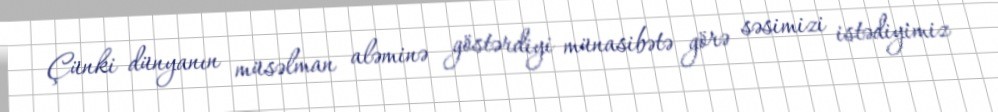
Çünki dünyanın müsəlman aləminə göstərdiyi münasibətə görə səsimizi istədiyimiz